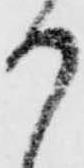
か